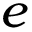
e